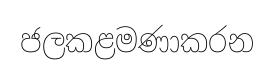
ජලකළමණාකරන